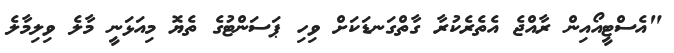
"އެސްޓީއޯއިން ރާއްޖެ އެތެރެކުރާ ގާތްގަނޑަކަށް ވިހި ޕަސަންޓުގެ ތެޔޮ މިއަޅަނީ މާލެ ވިލިމާލެ